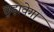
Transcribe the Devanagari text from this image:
छुड़ावेगा